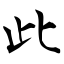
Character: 此